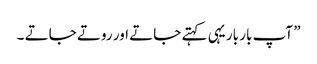
” آپ بار بار یہی کہتے جاتے اور روتے جاتے ۔